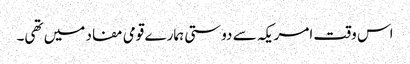
اس وقت امریکہ سے دوستی ہمارے قومی مفاد میں تھی۔